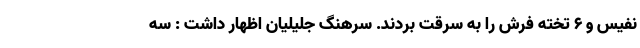
نفیس و ۶ تخته فرش را به سرقت بردند. سرهنگ جلیلیان اظهار داشت : سه